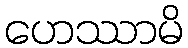
ဟေဿာမိ